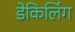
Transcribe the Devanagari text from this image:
डेकिलिंग